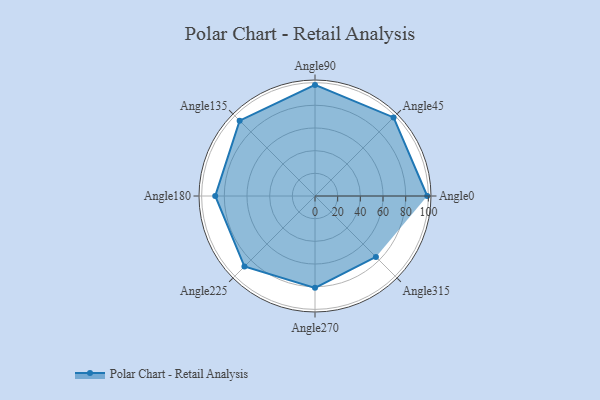
{"axis": {"x": "Angle", "y": "Radius"}, "legend": [""], "data": [{"x": "Angle0", "y": 99.0, "type": ""}, {"x": "Angle45", "y": 98.0, "type": ""}, {"x": "Angle90", "y": 98.0, "type": ""}, {"x": "Angle135", "y": 94.0, "type": ""}, {"x": "Angle180", "y": 88.0, "type": ""}, {"x": "Angle225", "y": 88.0, "type": ""}, {"x": "Angle270", "y": 81.0, "type": ""}, {"x": "Angle315", "y": 76.0, "type": ""}]}